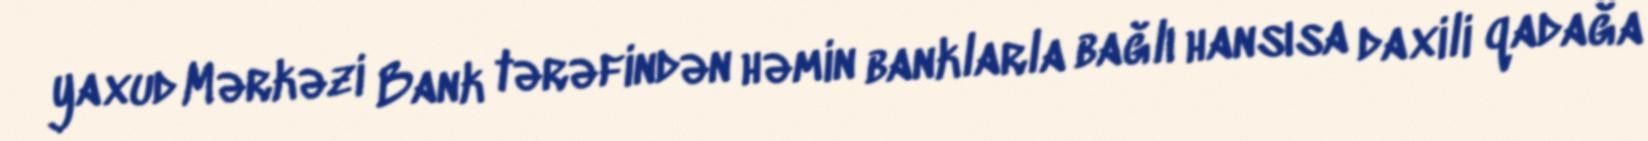
yaxud Mərkəzi Bank tərəfindən həmin banklarla bağlı hansısa daxili qadağa